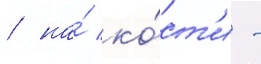
/ на́ ко́ст'и -